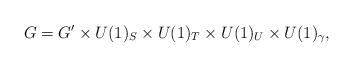
LaTeX: \begin{align*}G= G'\times U(1)_S\times U(1)_T\times U(1)_U\times U(1)_\gamma ,\end{align*}